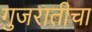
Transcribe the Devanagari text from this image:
गुजरातीचा